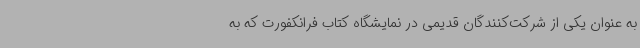
به عنوان یکی از شرکت‌کنندگان قدیمی در نمایشگاه کتاب فرانکفورت که به